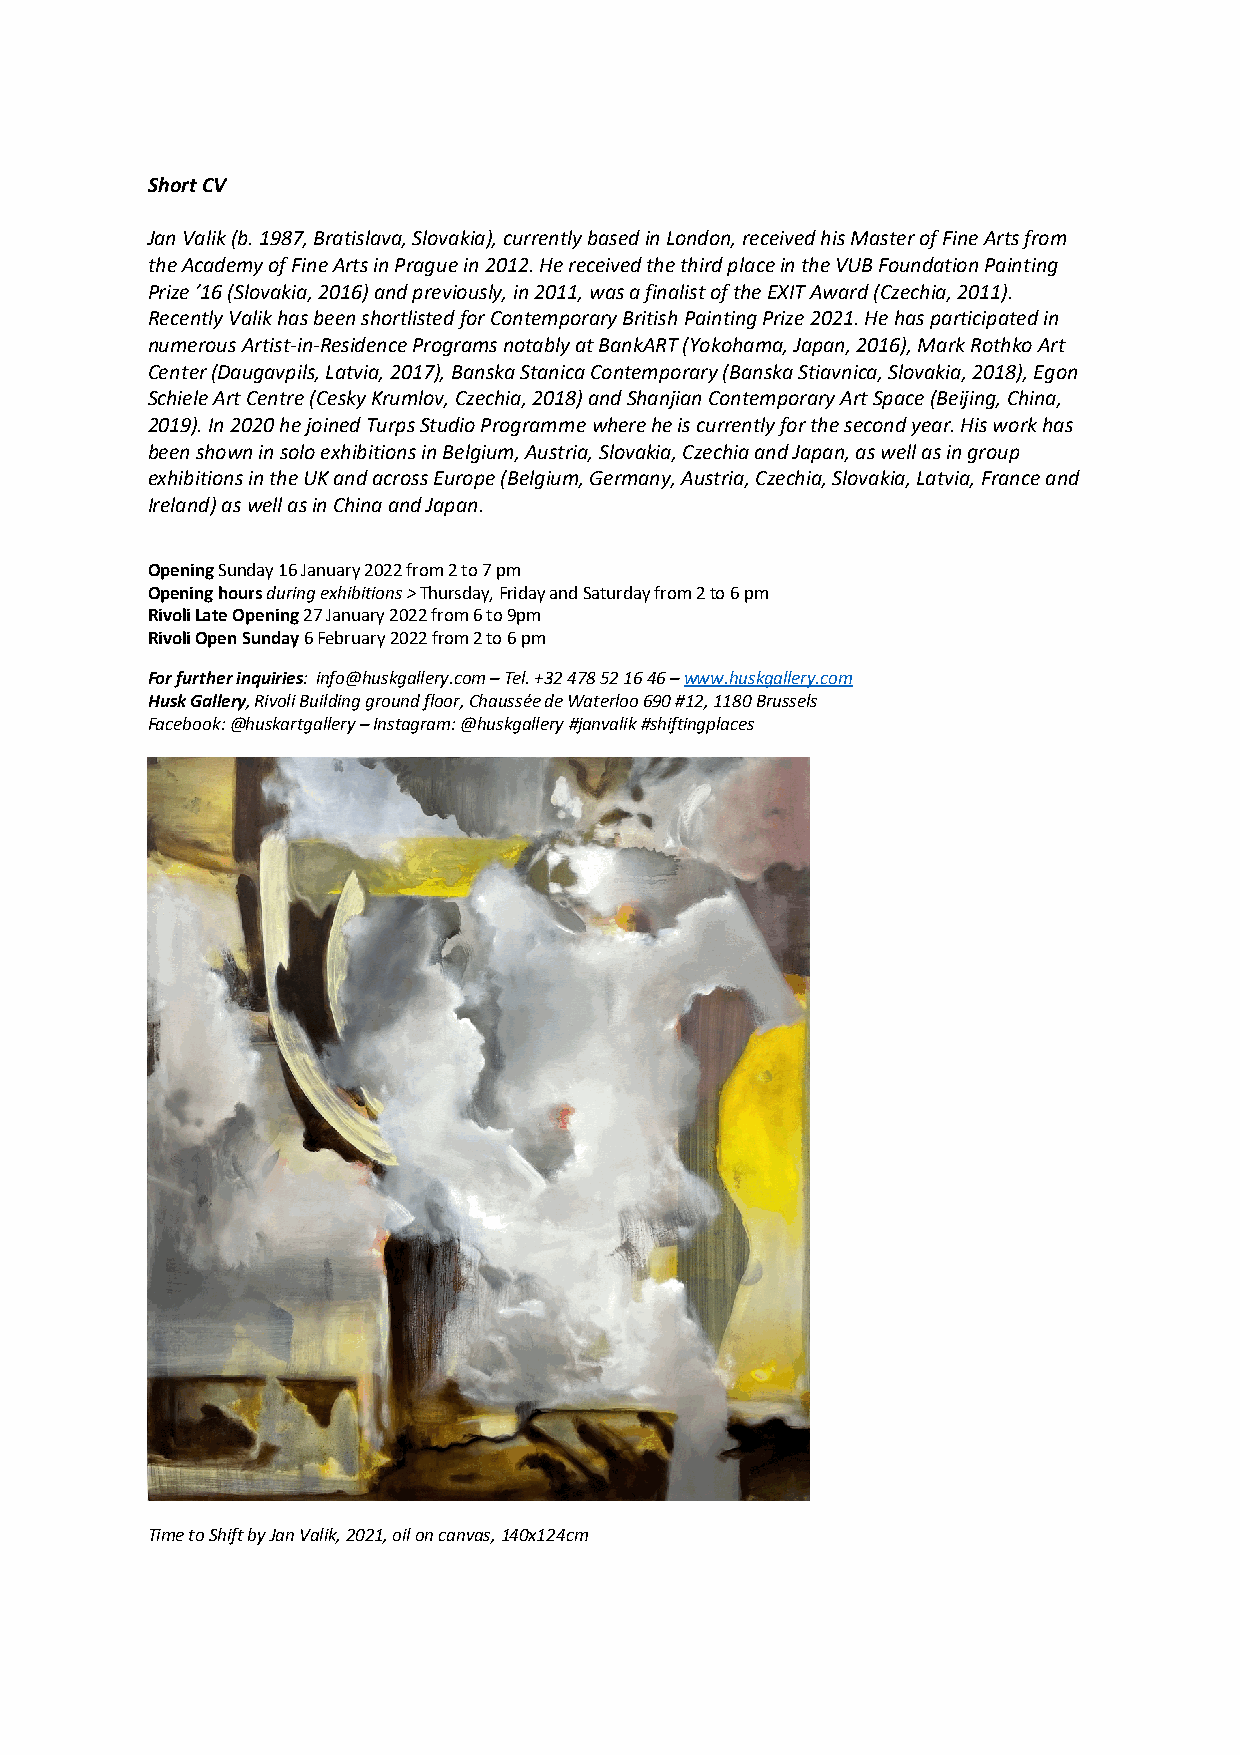
Short CV
 Jan Valik (b. 1987, Bratislava, Slovakia), currently based in London, received his Master of Fine Arts from
 the Academy of Fine Arts in Prague in 2012. He received the third place in the VUB Foundation Painting
 Prize ’16 (Slovakia, 2016) and previously, in 2011, was a finalist of the EXIT Award (Czechia, 2011).
 Recently Valik has been shortlisted for Contemporary British Painting Prize 2021. He has participated in
 numerous Artist-in-Residence Programs notably at BankART (Yokohama, Japan, 2016), Mark Rothko Art
 Center (Daugavpils, Latvia, 2017), Banska Stanica Contemporary (Banska Stiavnica, Slovakia, 2018), Egon
 Schiele Art Centre (Cesky Krumlov, Czechia, 2018) and Shanjian Contemporary Art Space (Beijing, China,
 2019). In 2020 he joined Turps Studio Programme where he is currently for the second year. His work has
 been shown in solo exhibitions in Belgium, Austria, Slovakia, Czechia and Japan, as well as in group
 exhibitions in the UK and across Europe (Belgium, Germany, Austria, Czechia, Slovakia, Latvia, France and
 Ireland) as well as in China and Japan.
 Opening Sunday 16 January 2022 from 2 to 7 pm
 Opening hours during exhibitions > Thursday, Friday and Saturday from 2 to 6 pm
 Rivoli Late Opening 27 January 2022 from 6 to 9pm
 Rivoli Open Sunday 6 February 2022 from 2 to 6 pm
 For further inquiries: info@huskgallery.com – Tel. +32 478 52 16 46 – www.huskgallery.com
 Husk Gallery, Rivoli Building ground floor, Chaussée de Waterloo 690 #12, 1180 Brussels
 Facebook: @huskartgallery – Instagram: @huskgallery #janvalik #shiftingplaces
 Time to Shift by Jan Valik, 2021, oil on canvas, 140x124cm